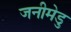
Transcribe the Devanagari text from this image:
जनीमेडु